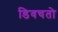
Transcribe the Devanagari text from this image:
डिवचतो